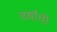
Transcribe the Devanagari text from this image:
वर्षांंची